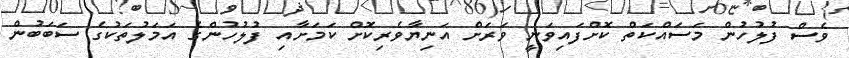
ވެސް ފުލުހުން މަސައްކަތް ކޮށްފައިވަނީ ވަރަށް އަނިޔާވެރިކޮށް ކަމަށާއި ފުލުހުންގެ އަމަލުތަކުގެ ސަބަބުން